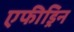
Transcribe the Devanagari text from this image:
एफीड्रिन